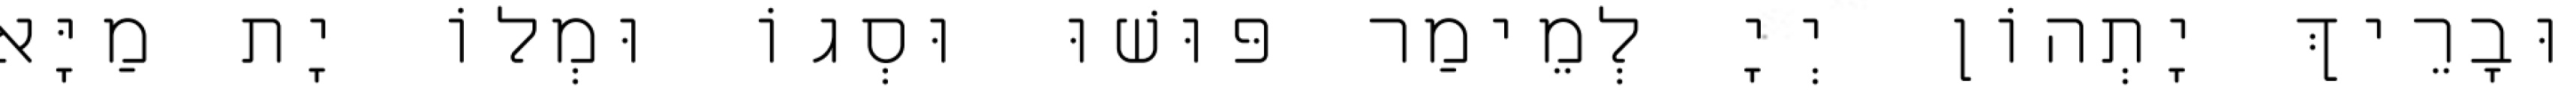
וּבָרֵיךְ יָתְהוֹן יְיָ לְמֵימַר פּוּשׁוּ וּסְגוֹ וּמְלוֹ יָת מַיָּא